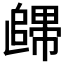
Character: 𲉙